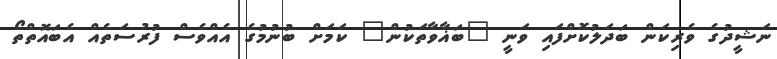
ނަޝީދުގެ ވެރިކަން ބަދަލުކޮށްފައި ވަނީ "ބަޣާވާތަކުން" ކަމަށް ބުނުމުގެ އެއްވެސް ފުރުސަތެއް އެބައޮތްތޯ